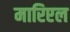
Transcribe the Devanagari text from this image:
मारिएल